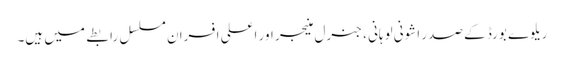
ریلوے بورڈ کے صدر اشونی لوہانی ، جنرل منیجر اور اعلی افسران مسلسل رابطے میں ہیں۔